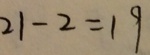
2 1 - 2 = 1 9